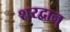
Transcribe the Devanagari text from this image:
शरद्वान्‌